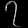
Digit: ၇